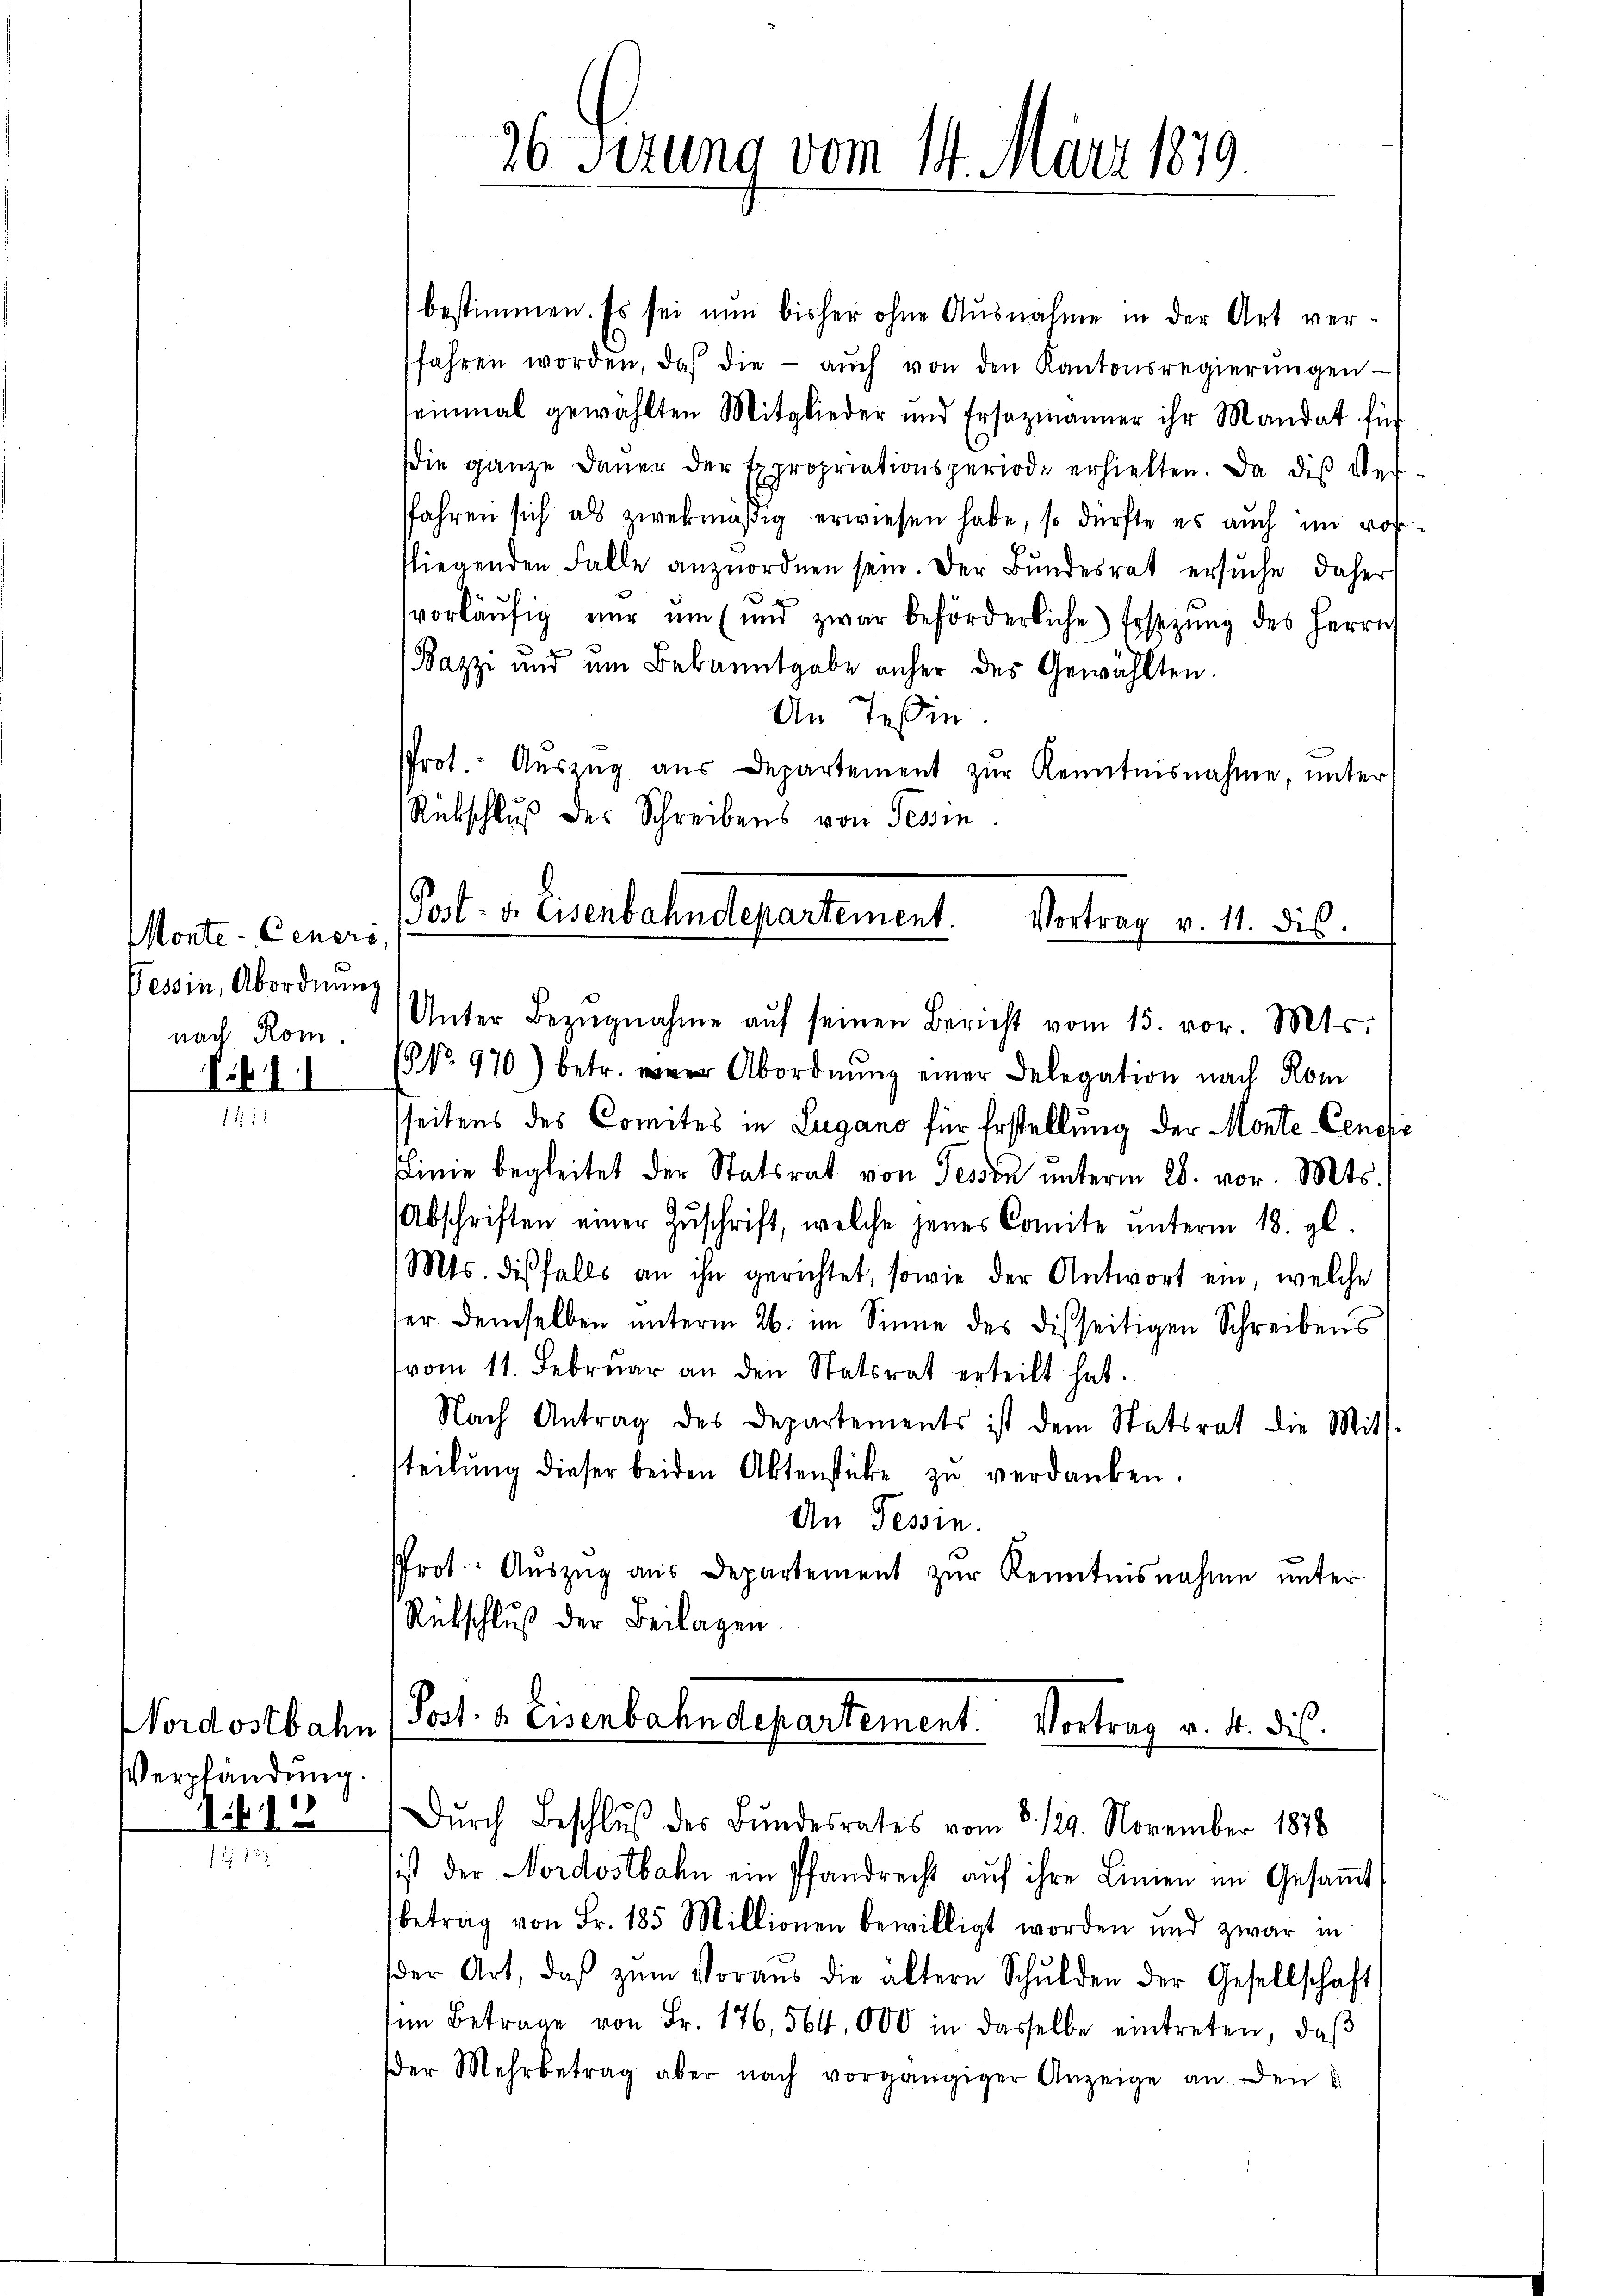
Monte-Ceners
Tessin, Abordnung
nach Rom.

fif. 11

Nordostbahn
Verpfändung.
1212

188

bestimmen. Es sei nun bisher ohne Ausnahme in der Art ver-
fahren worden, daß die aŭch von den Kantonsregierŭngen
teinmal gewählten Mitglieder und Ersezmänner ihr Mandat für
die ganze Dauer der Expropriationsperiode erhielten. Da dis Ver-
sfahren sich als zwekmäßig erwiesen habe, so dürfte es auch im vorfliegenden Falle anzuordnen sein. Der Bundesrat ersuche, daher
d
vorläŭfig nŭr ŭm (und zwar beförderliche Ersezung des Herrn
Bazzi und um Bekanntgabe anher des Gewählten.
An Teßin.
Prot. Aŭszŭg aŭs Departement zŭr Kenntnisnahme, unter
Rübschluß des Schreibens von Tessin
Post- u. Eisenbahndepartement. Vortrag v. 11. dis

26 Sezung vom 14. März 1879

Unter Bezŭgnahme aŭf seinen Bericht vom 15. vor. Mts.
NNo. 970) betr. wie Abordnŭng einer Delegation nach Rom
sseitens des Comites in Lugano für Erstellung der Monte-Cenefi
slinie begleitet der Statsrat von Tessin unterm 28. vor. Mts.
Abschriften einer Zŭschrift, welche jenes Comite ŭnterm 18. gl.
Mts. diesfalls an ihn gerichtet, sowie der Antwort ein welche
ser demselben ŭnterm 26. im Sinne des disseitigen Schreibens
vom 11. Febrŭar an den Statsrat erteilt hat.
Nach Antrag des Departements ist dem Statsrat die Mitt-
tteilŭng dieser beiden Aktenstüke zŭ verdanken.
An Tessin.
Prof.: Aŭszŭg aŭs Departement zŭr Kenntnisnahme unter
Rübschluß der Beilagen.

Post- & Eisenbahndepartement. Vortrag v. 4. dis.
Dŭrch Beschlŭβ des Bundesrates vom 8. 129. November 1878

sist der Nordostbahn ein Pfandrecht aŭf ihre Linien im Gesaṁt
betrag von Fr. 185 Millionen bewilligt worden und zwar in
der Art, daβ zŭm Voraus die ältern Schulden der Gesellschaft
im Betrage von Fr. 176, 564,000 in dasselbe eintreten, daβ
der Mehrbetrag aber nach vorgängiger Anzeige an den